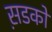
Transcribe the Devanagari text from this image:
स़डकों